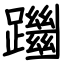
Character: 躖